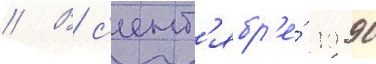
// В с'ент'ябр'е́ 1990